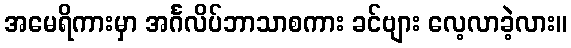
အမေရိကားမှာ အင်္ဂလိပ်ဘာသာစကား ခင်ဗျား လေ့လာခဲ့လား။